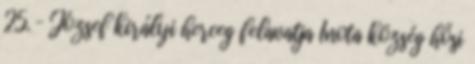
25. – József királyi herceg felavatja Inota község hősi